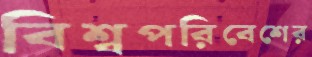
বিশ্বপরিবেশের